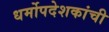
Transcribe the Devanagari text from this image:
धर्मोपदेशकांची